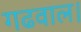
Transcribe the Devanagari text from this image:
गढवाल।